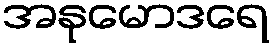
အနုမောဒရေ